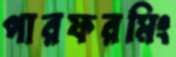
পারফরমিং